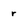
Character: r